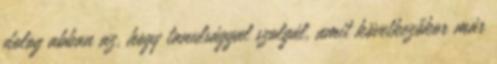
dolog abban az, hogy tanulsággal szolgál, amit következőkor már